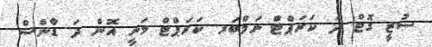
ސުޒީ ގޮޓް ދަ ކަރަޕްޓް ނަމްބަރ ކަރަޕްޓް މަނީ އޮން ދަ ޑާްންސް